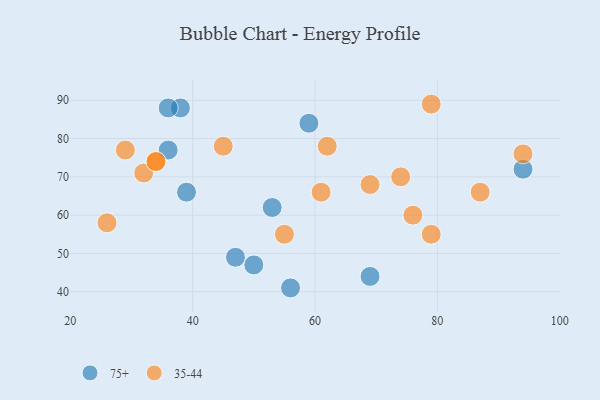
{"axis": {"x": "GDP", "y": "Life Expectancy"}, "legend": ["35-44", "75+"], "data": [{"x": "47", "y": 49, "type": "75+"}, {"x": "50", "y": 47, "type": "75+"}, {"x": "69", "y": 44, "type": "75+"}, {"x": "53", "y": 62, "type": "75+"}, {"x": "94", "y": 72, "type": "75+"}, {"x": "38", "y": 88, "type": "75+"}, {"x": "39", "y": 66, "type": "75+"}, {"x": "36", "y": 88, "type": "75+"}, {"x": "59", "y": 84, "type": "75+"}, {"x": "36", "y": 77, "type": "75+"}, {"x": "56", "y": 41, "type": "75+"}, {"x": "61", "y": 66, "type": "35-44"}, {"x": "32", "y": 71, "type": "35-44"}, {"x": "94", "y": 76, "type": "35-44"}, {"x": "29", "y": 77, "type": "35-44"}, {"x": "79", "y": 89, "type": "35-44"}, {"x": "26", "y": 58, "type": "35-44"}, {"x": "76", "y": 60, "type": "35-44"}, {"x": "34", "y": 74, "type": "35-44"}, {"x": "45", "y": 78, "type": "35-44"}, {"x": "34", "y": 74, "type": "35-44"}, {"x": "69", "y": 68, "type": "35-44"}, {"x": "79", "y": 55, "type": "35-44"}, {"x": "62", "y": 78, "type": "35-44"}, {"x": "55", "y": 55, "type": "35-44"}, {"x": "87", "y": 66, "type": "35-44"}, {"x": "74", "y": 70, "type": "35-44"}]}